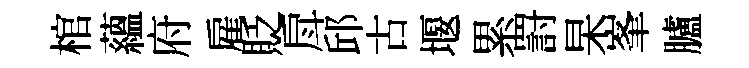
棺藴府雇貶戽邱古堰累罸杲峯臚